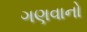
ગણવાનો